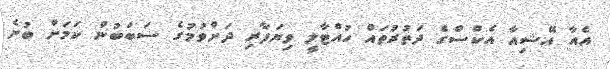
އެއާ އޭޝިއާ އެކްސްގެ ދަތުރުތައް ހުއްޓާލީ ވިޔަފާރި ދަށްވުމުގެ ސަބަބުން ކަމަށް ބުނެ